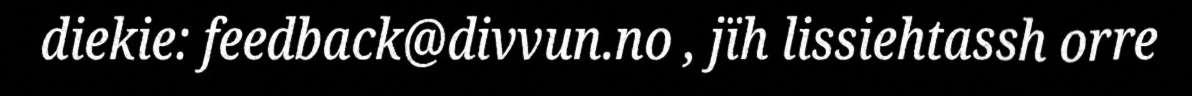
diekie: feedback@divvun.no , jïh lissiehtassh orre